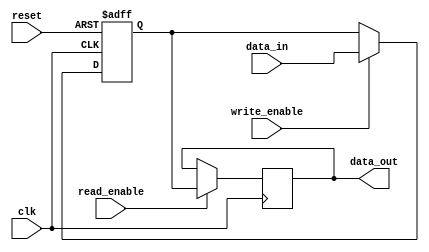
module NVRAM (
    input wire clk,        // Clock signal
    input wire reset,      // Reset signal
    input wire write_enable,   // Write enable signal
    input wire read_enable,    // Read enable signal
    input wire [7:0] data_in,  // Input data
    output reg [7:0] data_out  // Output data
);

reg [7:0] stored_data;  // Internal register to store data

always @ (posedge clk or posedge reset) begin
    if (reset) begin
        stored_data <= 8'b0;
    end else begin
        if (write_enable) begin
            stored_data <= data_in;
        end
    end
end

always @ (posedge clk) begin
    if (read_enable) begin
        data_out <= stored_data;
    end
end

endmodule